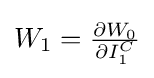
{\textstyle W_{1}={\frac {\partial W_{0}}{\partial I_{1}^{C}}}}